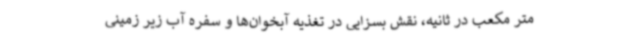
متر مکعب در ثانیه، نقش بسزایی در تغذیه آبخوان‌ها و سفره آب زیر زمینی